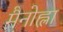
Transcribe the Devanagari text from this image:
मैनोह्ला